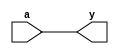
`timescale 1ns / 1ps

module buffer(
    input a,
    output y
    );
buf b1(y,a);

endmodule